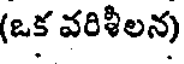
(ఒక వరిళీలన)